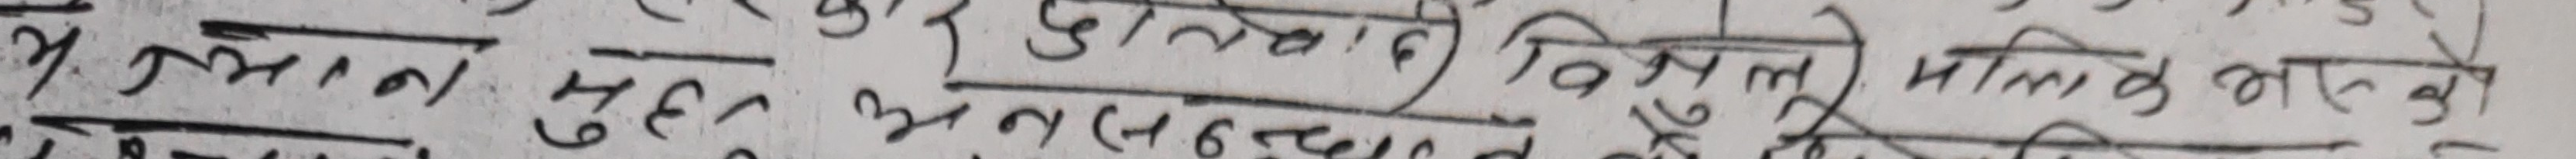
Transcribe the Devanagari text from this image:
नमान्न मुहर भन्दाध्यात्त विमती मलिलको भएकले